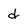
Character: d